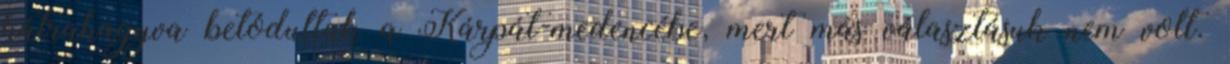
hátrahagyva betódultak a Kárpát-medencébe, mert más választásuk nem volt.